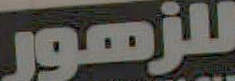
للزهور